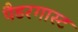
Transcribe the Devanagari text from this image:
पैडरगास्ट